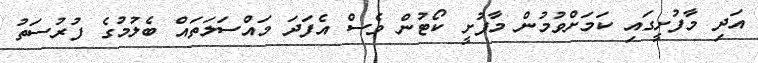
އަދި މާފުށީގައި ކަމަށްވުމުން މާފުށީ ކޯޓުން ވެސް އެފަދަ މައްސަލަތައް ބެލުމުގެ ފުރުސަތު